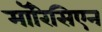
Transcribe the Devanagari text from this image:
मॉरिसिएन